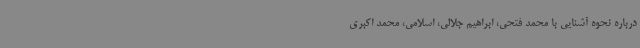
درباره نحوه آشنایی با محمد فتحی، ابراهیم جلالی، اسلامی، محمد اکبری